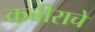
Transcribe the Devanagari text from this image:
कबीराचे